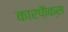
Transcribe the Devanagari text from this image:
कारफ़ैक्स